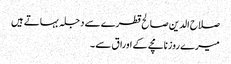
صلاح الدین صالح قطرے سے دجلہ بہاتے ہیں
میرے روزنامچے کے اوراق سے ۔